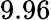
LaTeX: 9.96